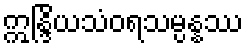
ဣန္ဒြိယသံဝရသမ္ပန္နဿ